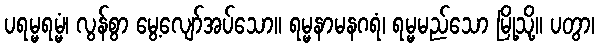
ပရမ္မရမ္မံ၊ လွန်စွာ မွေ့လျော်အပ်သော။ ရမ္မနာမနဂရံ၊ ရမ္မမည်သော မြို့သို့။ ပတွာ၊